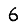
Digit: 6